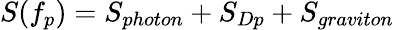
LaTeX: S(f_{p})=S_{photon}+S_{Dp}+S_{graviton}